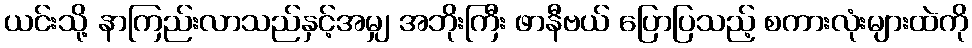
ယင်းသို့ နာကြည်းလာသည်နှင့်အမျှ အဘိုးကြီး ဖာနီဗယ် ပြောပြသည့် စကားလုံးများထဲကို